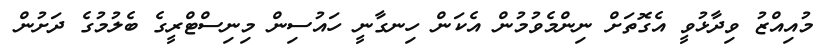
މުއިއްޒު ވިދާޅުވީ އެގޮތަށް ނިންމެވުމުން އެކަން ހިނގާނީ ހައުސިން މިނިސްޓްރީގެ ބެލުމުގެ ދަށުން